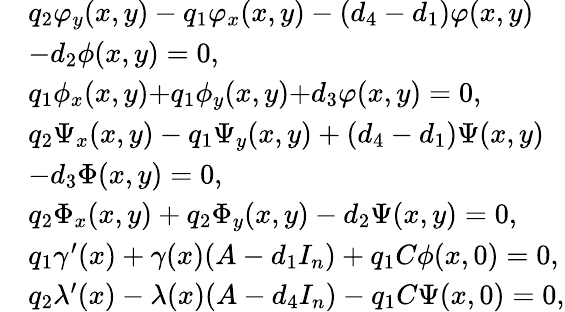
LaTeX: \begin{array}{rl}&{{q_{2}}{{\varphi}_{y}}(x,y)-{q_{1}}{{\varphi}_{x}}(x,y)-({d_{4}}-{d_{1}})\varphi(x,y)}\\ &{-{d_{2}}\phi(x,y)=0,}\\ &{{{q_{1}}{{\phi}_{x}}(x,y){+}{q_{1}}{{\phi}_{y}}(x,y)}{+}{d_{3}}\varphi(x,y)=0,}\\ &{{q_{2}}{{\Psi}_{x}}(x,y)-{q_{1}}{{\Psi}_{y}}(x,y)+({d_{4}}-{d_{1}})\Psi(x,y)}\\ &{-{d_{3}}\Phi(x,y)=0,}\\ &{{{q_{2}}{\Phi_{x}}(x,y)+{q_{2}}{\Phi_{y}}(x,y)-{d_{2}}\Psi(x,y)}=0,}\\ &{{q_{1}}{\gamma}^{\prime}(x)+{\gamma}(x)(A-{d_{1}}I_{n})+{q_{1}}{C}\phi(x,0)=0,}\\ &{{q_{2}}\lambda^{\prime}(x)-{\lambda}(x)(A-{d_{4}}I_{n})-{q_{1}}{C}\Psi(x,0)=0,}\end{array}